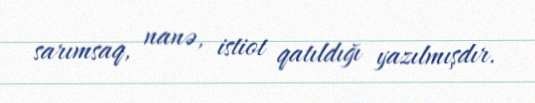
sarımsaq, nanə, istiot qatıldığı yazılmışdır.